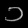
Digit: ၁